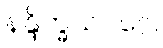
နန္ဒိက္ခယဝဂ္ဂေါ